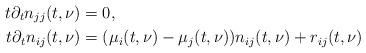
LaTeX: \begin{align*} t\partial_t n_{jj} (t,\nu) &= 0,\\ t\partial_t n_{ij}(t,\nu) &= (\mu_i(t,\nu)-\mu_j(t,\nu)) n_{ij}(t,\nu) + r_{ij}(t,\nu) \end{align*}